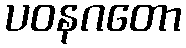
ပဝနဂတော